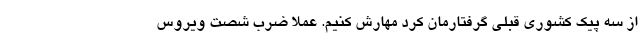
از سه پیک کشوری قبلی گرفتارمان کرد مهارش کنیم. عملا ضرب شصت ویروس